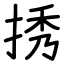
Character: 𢭆